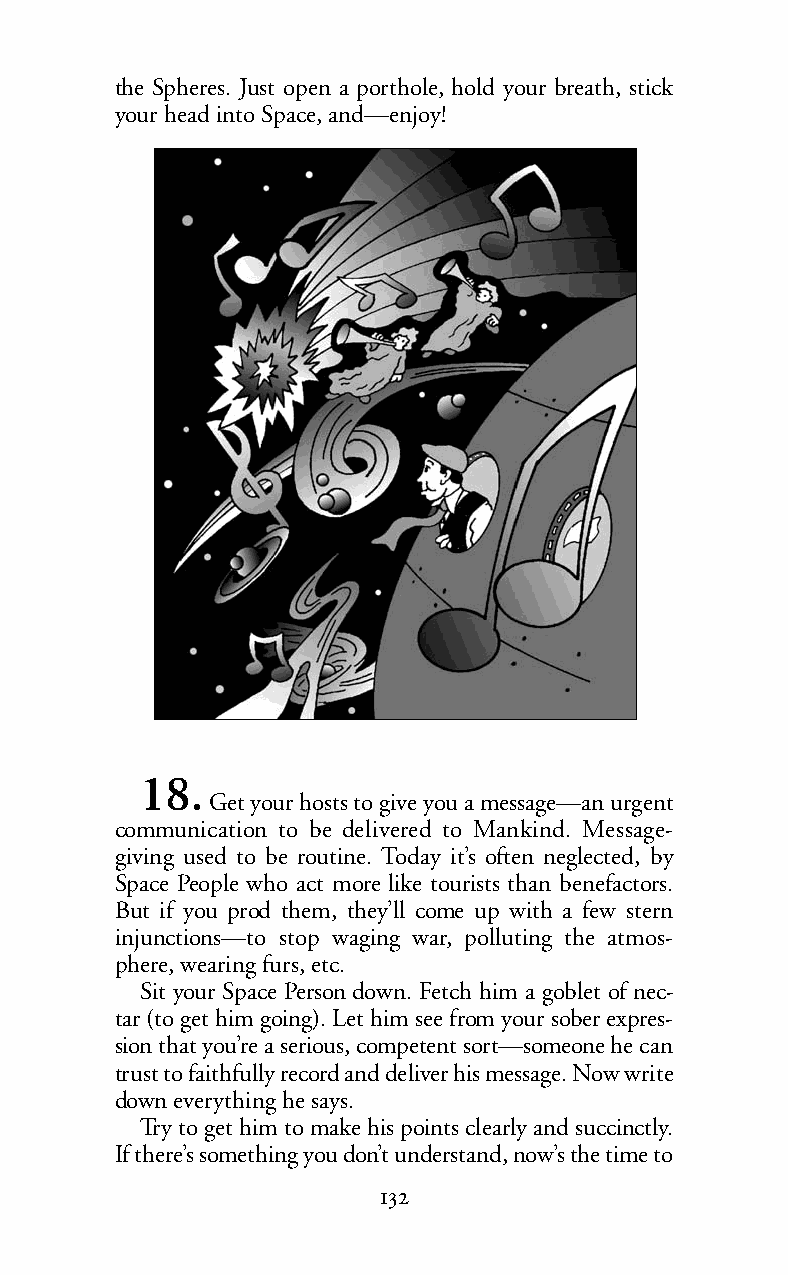
the Spheres. Just open a porthole, hold your breath, stick
 your head into Space, and—enjoy!
 18.
 Get your hosts to give you a message—an urgent
 communication to be delivered to Mankind. Message-
 giving used to be routine. Today it’s often neglected, by
 Space People who act more like tourists than benefactors.
 But if you prod them, they’ll come up with a few stern
 injunctions—to stop waging war, polluting the atmos-
 phere, wearing furs, etc.
 Sit your Space Person down. Fetch him a goblet of nec-
 tar (to get him going). Let him see from your sober expres-
 sion that you’re a serious, competent sort—someone he can
 trust to faithfully record and deliver his message. Now write
 down everything he says.
 Try to get him to make his points clearly and succinctly.
 If there’s something you don’t understand, now’s the time to
 